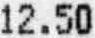
12.50